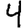
Digit: 4